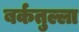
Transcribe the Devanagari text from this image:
बर्कतुल्ला